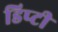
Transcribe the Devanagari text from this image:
डिप्‍टी